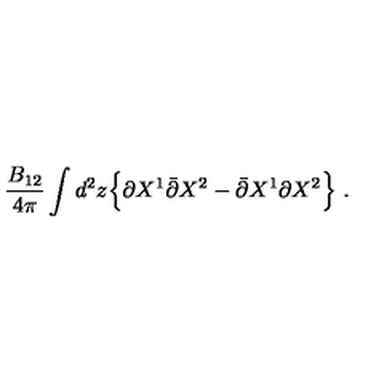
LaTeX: \frac { B _ { 1 2 } } { 4 \pi } \int d ^ { 2 } z \Bigl \{ \partial X ^ { 1 } \bar { \partial } X ^ { 2 } - \bar { \partial } X ^ { 1 } \partial X ^ { 2 } \Bigr \} \ .